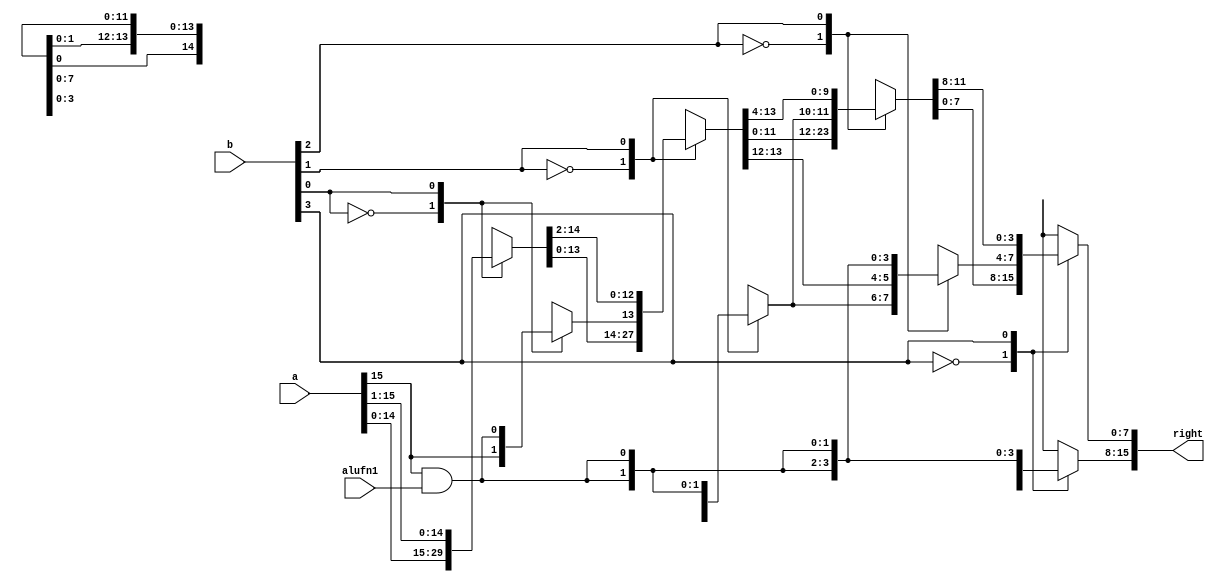
/*
   This file was generated automatically by Alchitry Labs version 1.2.1.
   Do not edit this file directly. Instead edit the original Lucid source.
   This is a temporary file and any changes made to it will be destroyed.
*/

module shift_right_14 (
    input [15:0] a,
    input [3:0] b,
    input alufn1,
    output reg [15:0] right
  );
  
  
  
  reg [15:0] x;
  
  reg [15:0] y;
  
  reg [15:0] z;
  
  reg msb;
  
  always @* begin
    msb = a[15+0-:1] & alufn1;
    
    case (b[0+0-:1])
      1'h0: begin
        x = a;
      end
      1'h1: begin
        x[0+14-:15] = a[1+14-:15];
        x[15+0-:1] = msb;
      end
      default: begin
        x = a;
      end
    endcase
    
    case (b[1+0-:1])
      1'h0: begin
        y = x;
      end
      1'h1: begin
        y[0+13-:14] = x[2+13-:14];
        y[14+1-:2] = {2'h2{msb}};
      end
      default: begin
        y = x;
      end
    endcase
    
    case (b[2+0-:1])
      1'h0: begin
        z = y;
      end
      1'h1: begin
        z[0+11-:12] = y[4+11-:12];
        z[12+3-:4] = {3'h4{msb}};
      end
      default: begin
        z = y;
      end
    endcase
    
    case (b[3+0-:1])
      1'h0: begin
        right = z;
      end
      1'h1: begin
        right[0+7-:8] = z[8+7-:8];
        right[8+7-:8] = {4'h8{msb}};
      end
      default: begin
        right = z;
      end
    endcase
  end
endmodule